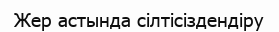
Жер астында сілтісіздендіру